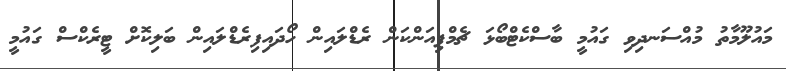
މައުލޫމާތު މުއްސަނދިވި ގައުމީ ބާސްކެޓްބޯޅަ ޗެމްޕިއަންކަން ރެޑްލައިން ހޯދައިފިރެޑްލައިން ބަލިކޮށް ޓީރެކްސް ގައުމީ